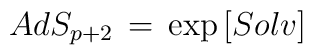
AdS_{p+2}  \, =\, \exp \left [ Solv \right]